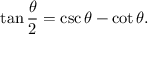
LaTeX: \tan { \frac { \theta } { 2 } } = \csc \theta - \cot \theta .